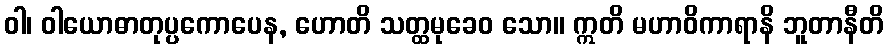
ဝါ၊ ဝါယောဓာတုပ္ပကောပေန, ဟောတိ သတ္ထမုခေဝ သော။ ဣတိ မဟာဝိကာရာနိ ဘူတာနီတိ